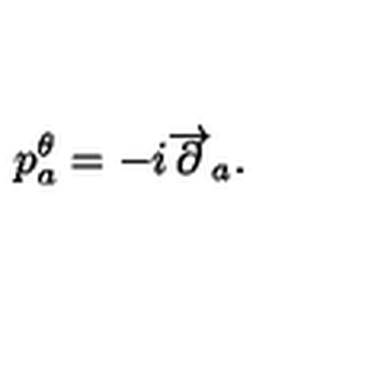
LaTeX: p _ { a } ^ { \theta } = - i \overrightarrow { \partial } _ { a } .